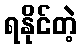
ရနိုင်တဲ့